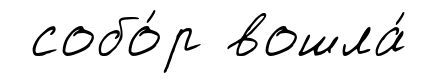
собо́р вошла́